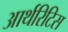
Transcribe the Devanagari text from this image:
आर्थरिटिस